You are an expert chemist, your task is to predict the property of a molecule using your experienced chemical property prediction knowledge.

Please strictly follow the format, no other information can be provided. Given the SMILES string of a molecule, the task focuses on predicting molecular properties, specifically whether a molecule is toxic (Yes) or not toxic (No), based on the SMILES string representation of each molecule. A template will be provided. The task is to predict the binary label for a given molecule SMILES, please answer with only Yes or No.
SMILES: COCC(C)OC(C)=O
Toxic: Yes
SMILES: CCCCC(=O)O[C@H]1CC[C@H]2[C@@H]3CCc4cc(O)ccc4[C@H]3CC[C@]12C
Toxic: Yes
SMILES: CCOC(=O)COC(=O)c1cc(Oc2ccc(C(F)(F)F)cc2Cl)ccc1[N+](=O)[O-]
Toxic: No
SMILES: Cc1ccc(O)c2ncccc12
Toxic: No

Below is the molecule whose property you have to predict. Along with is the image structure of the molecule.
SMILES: CC(=O)O[C@H]1C[C@H](O[C@H]2[C@@H](O)C[C@H](O[C@H]3[C@@H](O)C[C@H](OC4CC[C@@]5(C)C(CC[C@@H]6[C@@H]5CC[C@]5(C)[C@@H](C7=CC(=O)OC7)[C@@H](O)C[C@]65O)C4)O[C@@H]3C)O[C@@H]2C)O[C@H](C)[C@H]1O[C@@H]1O[C@H](CO)[C@@H](O)[C@H](O)[C@H]1O
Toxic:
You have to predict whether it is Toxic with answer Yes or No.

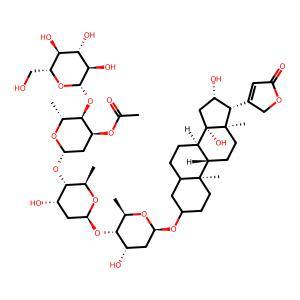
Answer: No